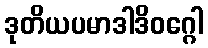
ဒုတိယပမာဒါဒိဝဂ္ဂေါ